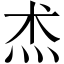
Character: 𤇍